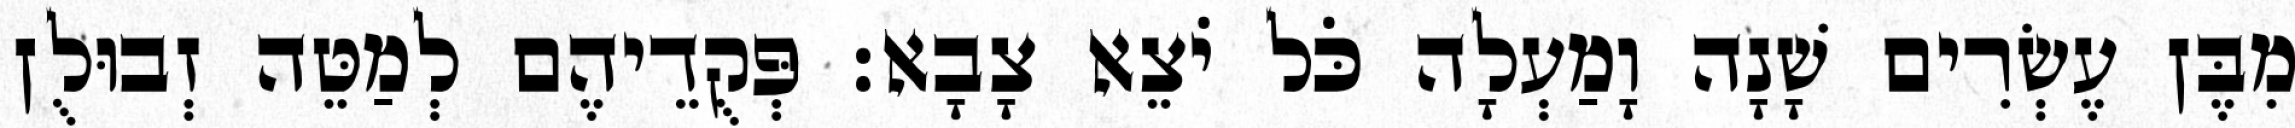
מִבֶּן עֶשְׂרִים שָׁנָה וָמַעְלָה כֹּל יֹצֵא צָבָא׃ פְּקֻדֵיהֶם לְמַטֵּה זְבוּלֻן